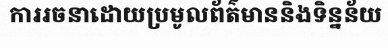
ការរចនាដោយប្រមូលព័ត៌មាននិងទិន្នន័យ